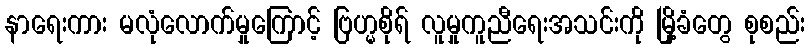
နာရေးကား မလုံလောက်မှုကြောင့် ဗြဟ္မစိုရ် လူမှုကူညီရေးအသင်းကို မြို့ခံတွေ စုစည်း